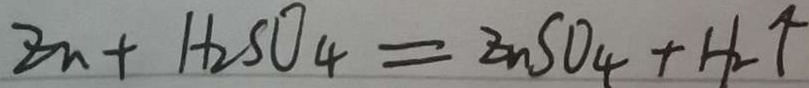
Z n + H _ { 2 } S O _ { 4 } = Z n S O _ { 4 } + H _ { 2 } \uparrow